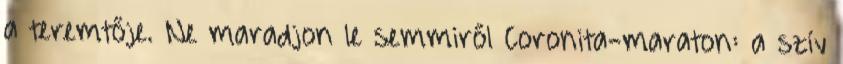
a teremtője. Ne maradjon le semmiről Coronita-maraton: a szív